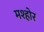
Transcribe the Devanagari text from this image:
मश्होर